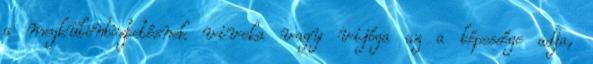
a megkülönböztetésnek viveka vagy vijóga az a képessége adja,